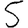
Digit: 5